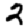
Digit: 2